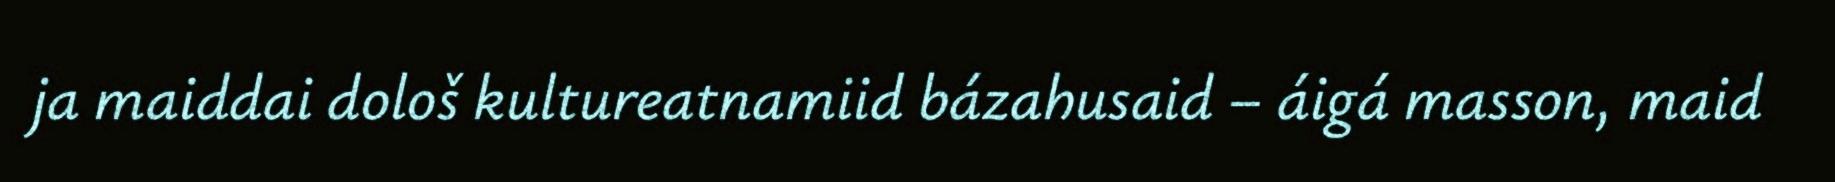
ja maiddai dološ kultureatnamiid bázahusaid – áigá masson, maid